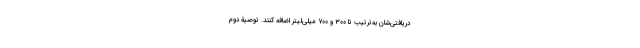
دریافتی‌شان به‌ترتیب تا ۳۰۰ و ۷۰۰ میلی‌لیتر اضافه کنند. توصیۀ دوم